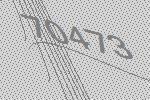
70473